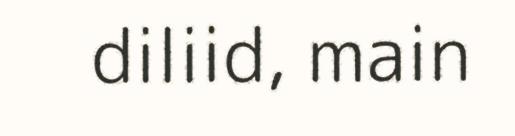
diliid, main